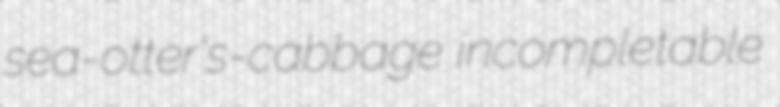
sea-otter's-cabbage incompletable